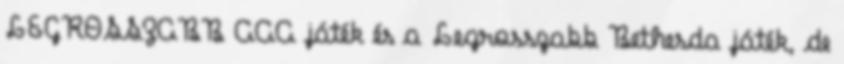
LEGROSSZABB AAA játék és a Legrosszabb Bethesda játék, de